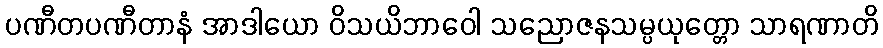
ပဏီတပဏီတာနံ အာဒါယော ဝိသယိဘာဝေါ သညောဇနသမ္ပယုတ္တော သာရဏာတိ